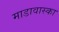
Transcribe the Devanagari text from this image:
माडावास्का